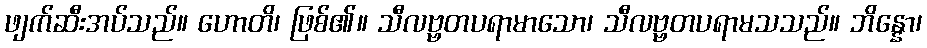
ဖျက်ဆီးအပ်သည်။ ဟောတိ၊ ဖြစ်၏။ သီလဗ္ဗတပရာမာသော၊ သီလဗ္ဗတပရာမသသည်။ ဘိန္နော၊